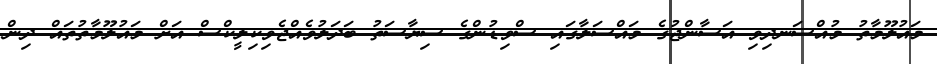
މައުލޫމާތު މުއްސަނދިވި އަސާންޖުގެ މައްސަލާގައި ސްވިޑުންގެ ސިޔާސަތު ބަދަލުވެއްޖެވިކިލީކްސް އަށް މައުލޫމާތުތައް ދިން